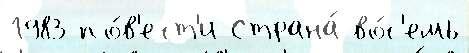
1983 по́в'ест'и Страна́ во́с'емь